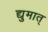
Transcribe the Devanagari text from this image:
द्युमात्